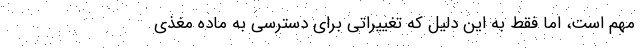
مهم است، اما فقط به این دلیل که تغییراتی برای دسترسی به ماده مغذی